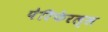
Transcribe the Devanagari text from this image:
पेरिफेरल्स